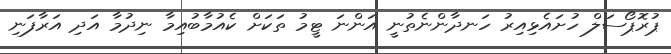
ޕުރޮޕޯސަލް ހުށައެޅިއިރު ހަނދާންނެތުނީ އަންނަ ޓީމު ތަކަށް ކެއުމާބުއިމާ ނިދުމާ އަދި އަރާފަނި